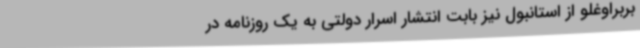
بربراوغلو از استانبول نیز بابت انتشار اسرار دولتی به یک روزنامه در